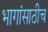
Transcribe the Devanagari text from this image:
भागांसाठीच